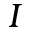
I